Calcutta medical institutions reports 1879-81 [i.e.91]
Year: 1879
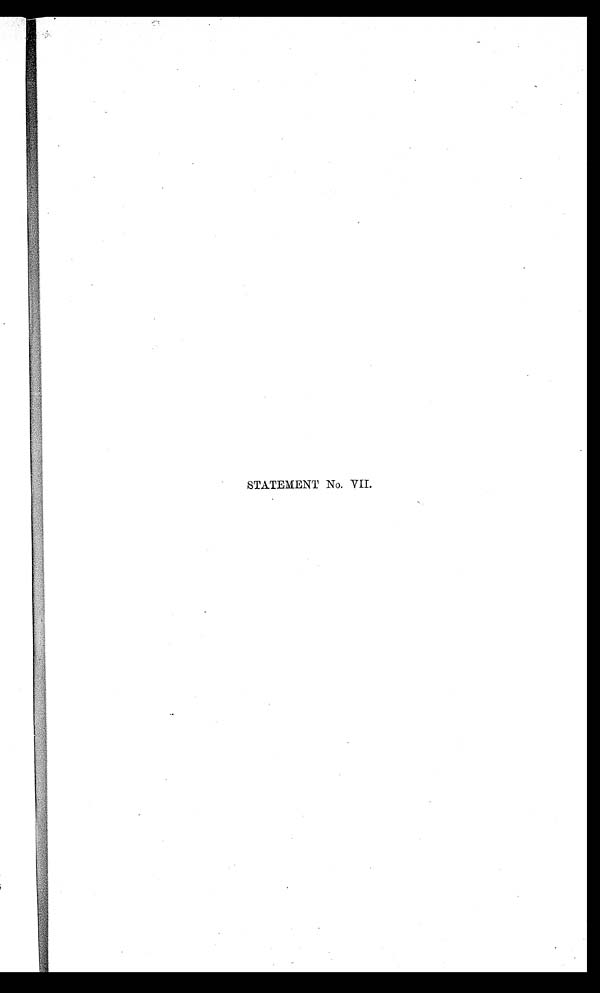
STATEMENT No. VII.